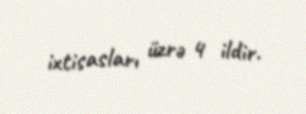
ixtisasları üzrə 4 ildir.